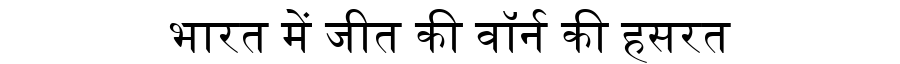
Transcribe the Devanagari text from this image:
भारत में जीत की वॉर्न की हसरत